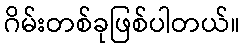
ဂိမ်းတစ်ခုဖြစ်ပါတယ်။